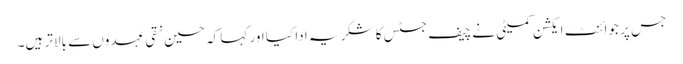
جس پر جوائنٹ ایکشن کمیٹی نے چیف جسٹس کا شکر یہ ادا کیا اور کہا کہ حسین نقی عہدوں سے بالاتر ہیں۔